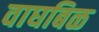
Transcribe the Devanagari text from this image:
वाघबिळ